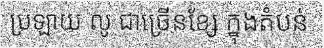
ប្រឡាយ លូ ជាច្រើនខ្សែ ក្នុងតំបន់